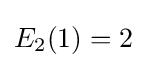
{\textstyle E_{2}(1)=2}